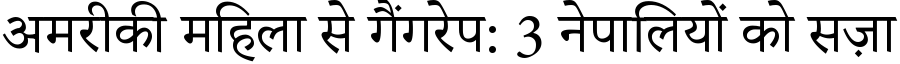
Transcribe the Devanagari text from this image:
अमरीकी महिला से गैंगरेप: 3 नेपालियों को सज़ा